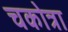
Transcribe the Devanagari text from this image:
चकोत्रा